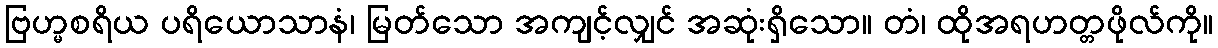
ဗြဟ္မစရိယ ပရိယောသာနံ၊ မြတ်သော အကျင့်လျှင် အဆုံးရှိသော။ တံ၊ ထိုအရဟတ္တဖိုလ်ကို။